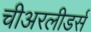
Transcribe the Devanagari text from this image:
चीअरलीडर्स